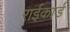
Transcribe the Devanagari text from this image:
राईकार्ड